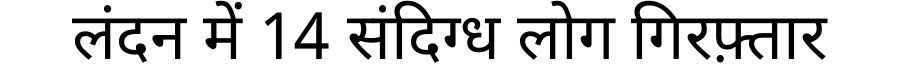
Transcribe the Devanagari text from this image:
लंदन में 14 संदिग्ध लोग गिरफ़्तार